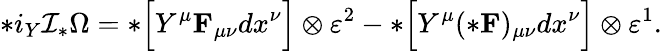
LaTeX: *i_{Y}{\cal I}_{*}\Omega=*\Bigl[Y^{\mu}{\mathbf F}_{\mu\nu}dx^{\nu}\Bigr]\otimes\varepsilon^{2}-*\Bigl[Y^{\mu}(*{\mathbf F})_{\mu\nu}dx^{\nu}\Bigr]\otimes\varepsilon^{1}.